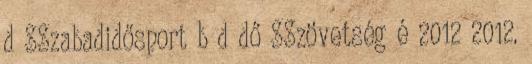
d SSzabadidősport b d dő SSzövetség é 2012 2012.